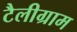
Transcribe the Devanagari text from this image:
टैलीग्राम